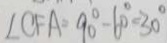
\angle C F A = 9 0 ^ { \circ } - 6 0 ^ { \circ } = 3 0 ^ { \circ }